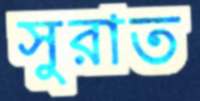
সুরাত